Leningradi_Edasi_toimetus, lk 198
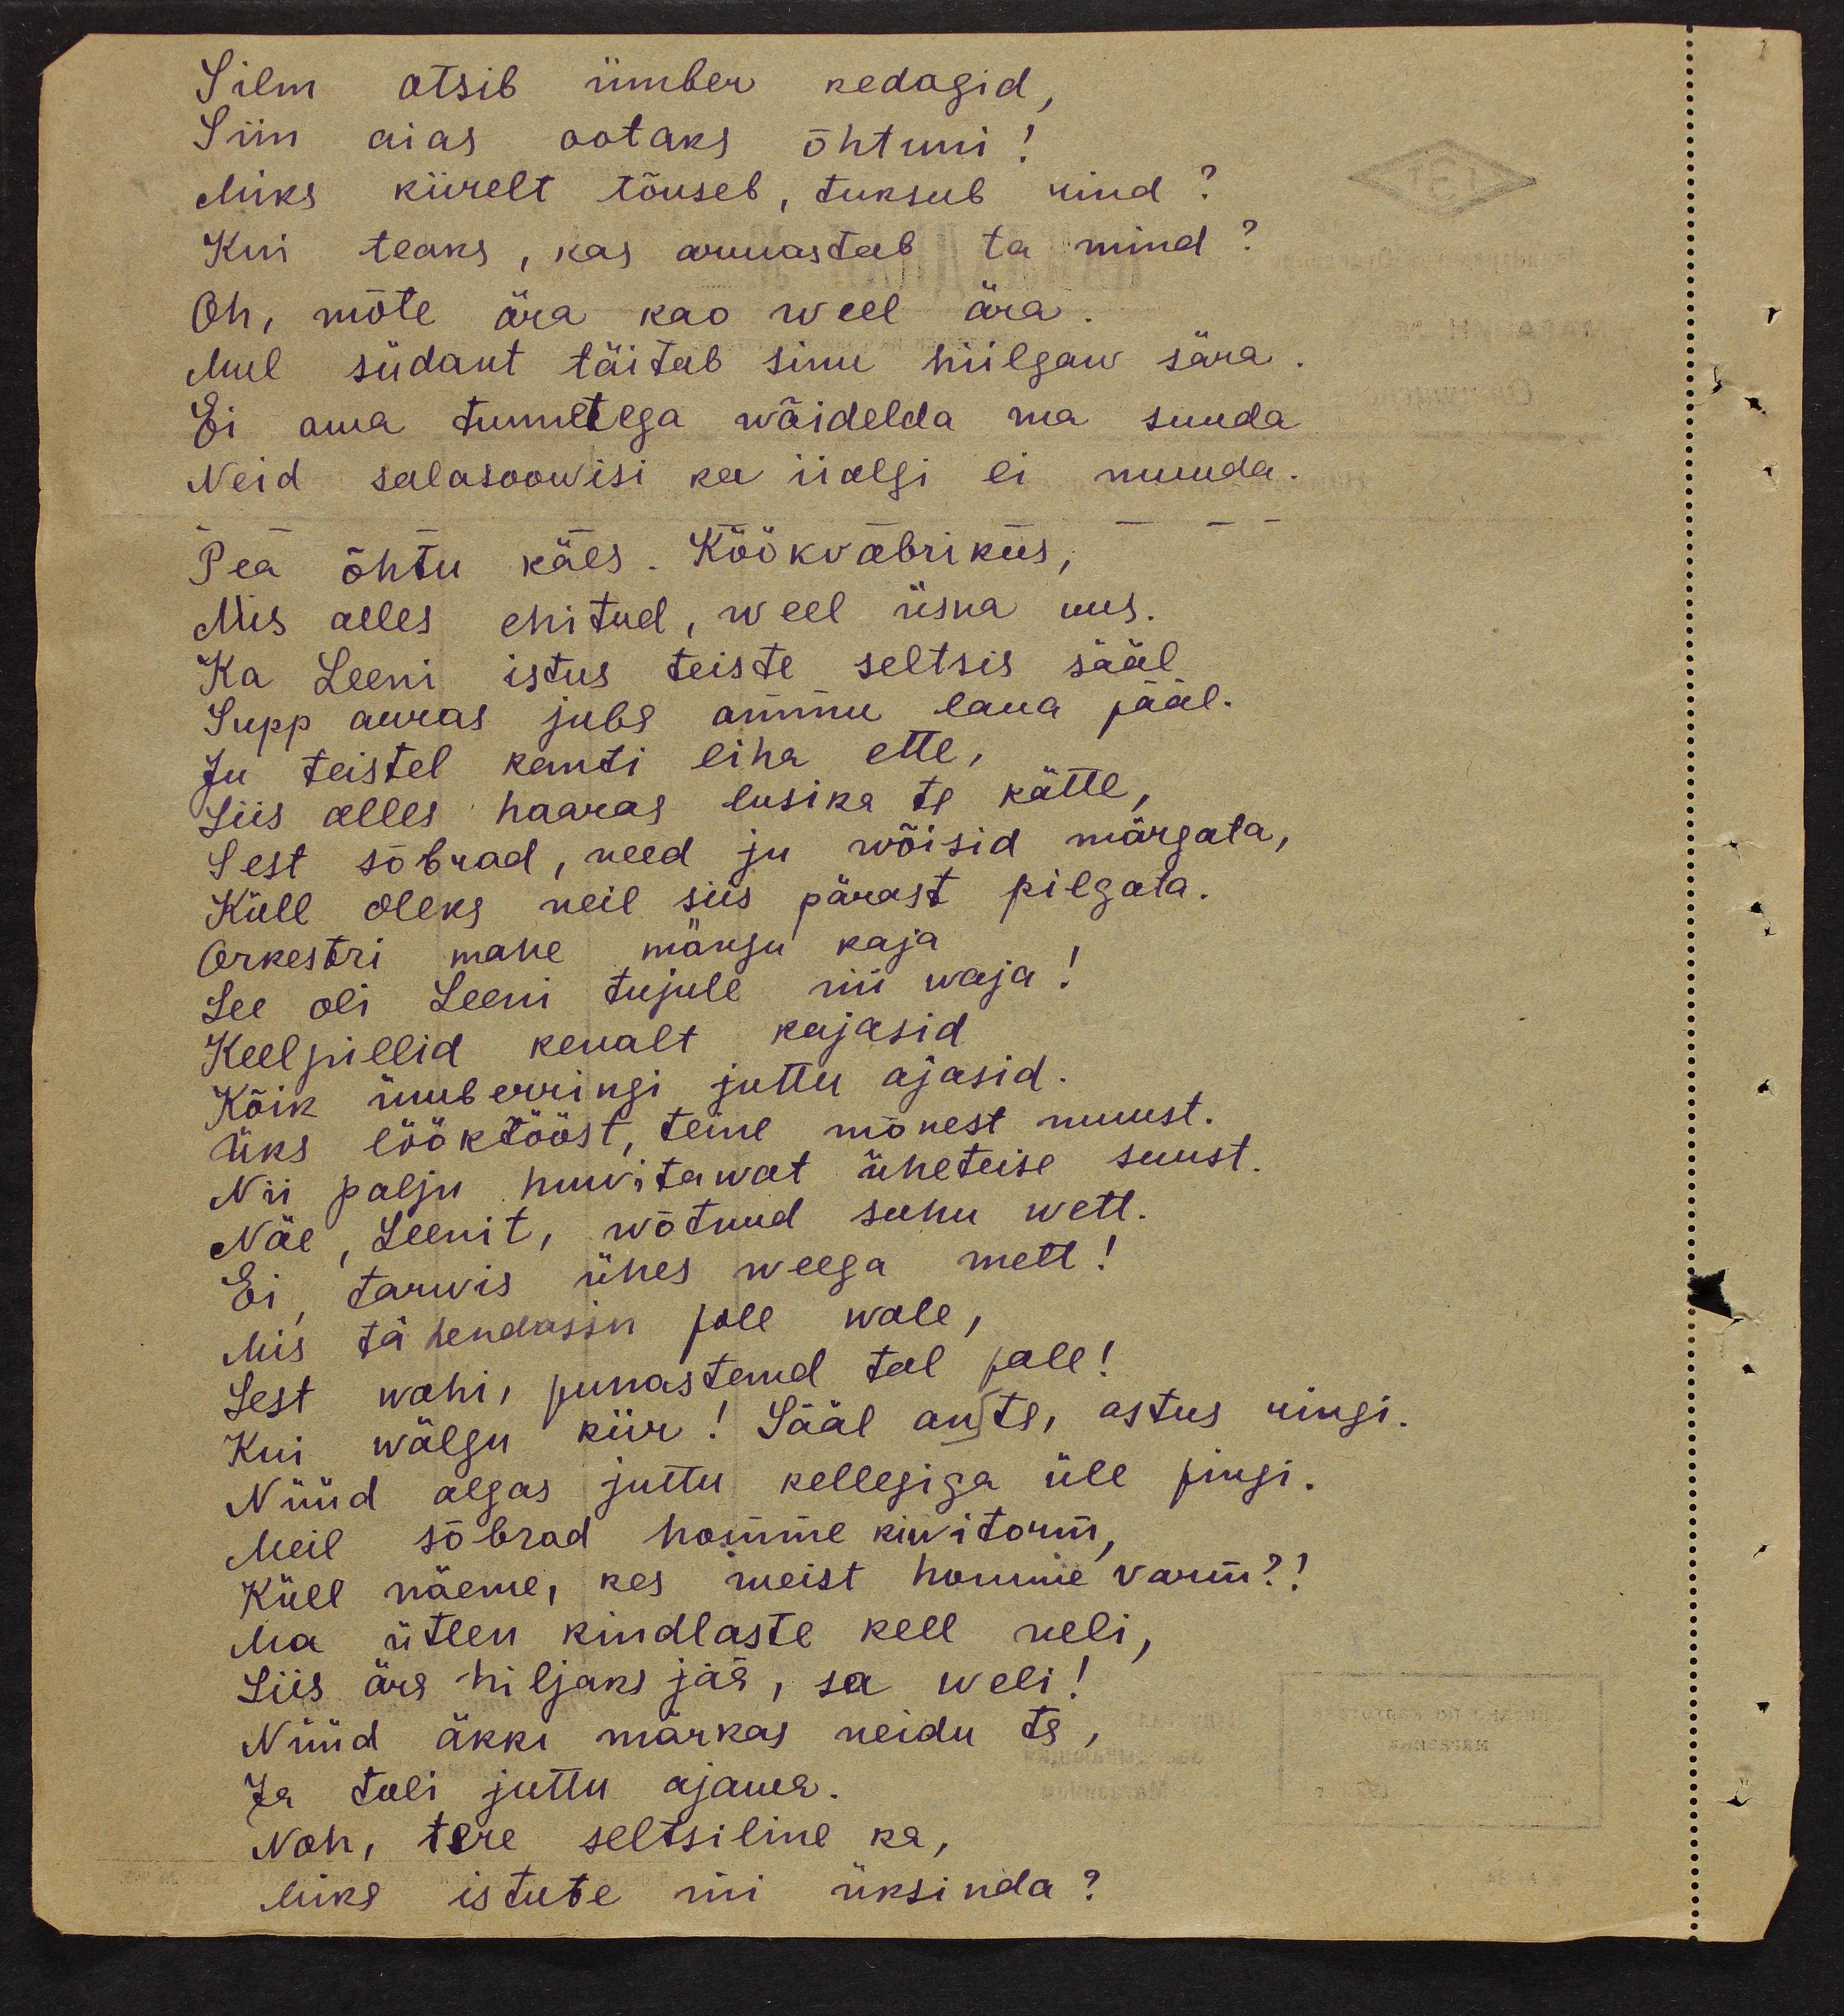
Silm otsib ümber kedagid,
Siin aias ootaks õhtuni!
Miks kiirelt tõuseb, tuksub rind?
Kui teaks, kas armastab ta mind?
Oh, mõte ära kao weel ära.
Mul südant täitab sinu hiilgaw sära
Ei oma tunnetega wõidelda ma suuda
Neid salasoowisi ka iialgi ei muuda.
Pea õhtu käes. Köökvabrikus,
Mis alles ehitud, weel üsna uus.
Ka Leeni istus teiste seltsis sääl
Supp auras juba ammu laua pääl.
Ju teistel kanti liha ette,
Siis alles haaras lusika ta kätte,
Sest sõbrad, need ju wõisid märgata,
Küll oleks neil siis pärast pilgata.
Orkestri mahe mängu kaja
See oli Leeni tujule nii waja!
Keelpillid kenalt kajasid
Kõik ümberringi juttu ajasid.
Üks lööktööst, teine mõnest muust.
Nii palju huvitawat üheteise suust.
Näe, Leenit, wõtnud suhu wett.
Ei tarwis ühes weega mett!
Mis tähendasin pole wale,
Sest wahi, punastand tal pale!
Kui wälgu kiir! Sääl ants, astus ringi.
Nüüd algas juttu kellegiga üle pingi.
Meil sõbrad homme kiwitorm,
Küll näeme, kes meist homme varm?!
Ma ütlen kindlaste kell neli,
Siis ära hiljaks jää, sa weli!
Nüüd äkki märkas neidu ta,
Ja tuli juttu ajama.
Noh, tere seltsiline ka,
Miks istute nii üksinda?

TEI